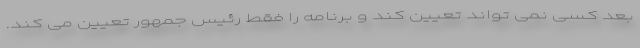
بعد کسی نمی تواند تعیین کند و برنامه را فقط رئیس جمهور تعیین می کند.